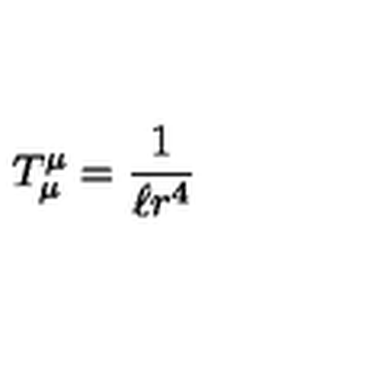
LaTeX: T _ { \mu } ^ { \mu } = \frac { 1 } { \ell r ^ { 4 } }